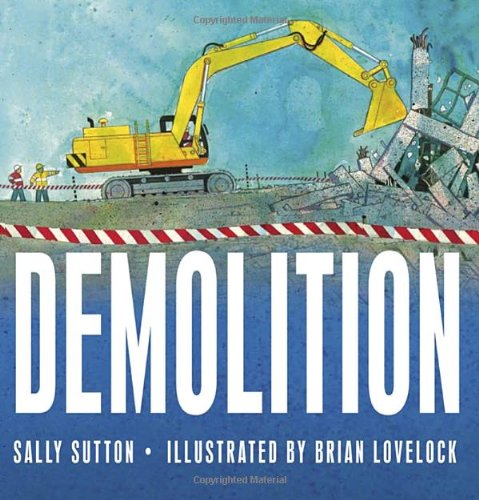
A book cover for Demolition; Sally Sutton; Children's Books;